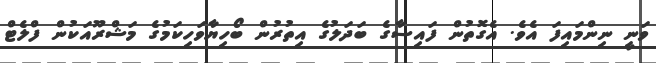
ވަނީ ނިންމައިފަ އެވެ. އެގޮތުން ފައިސާގެ ބަދަލުގެ އިތުރުން ބޯހިޔާވަހިކަމުގެ މަޝްރޫއަކުން ފްލެޓް